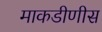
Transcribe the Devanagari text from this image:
माकडीणीस